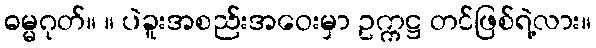
ဓမ္မဂုတ်။ ။ ပဲခူးအစည်းအဝေးမှာ ဥက္ကဋ္ဌ တင်ဖြစ်ရဲ့လား။